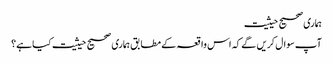
ہماری صحیح حیثیت
آپ سوال کریں گے کہ اس واقعہ کے مطابق ہماری صحیح حیثیت کیا ہے؟